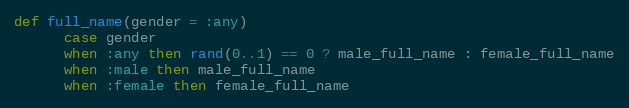
Language: Ruby
def full_name(gender = :any)
      case gender
      when :any then rand(0..1) == 0 ? male_full_name : female_full_name
      when :male then male_full_name
      when :female then female_full_name